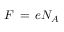
F \, = \, e N _ { A }